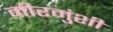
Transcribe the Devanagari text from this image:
मीरमुंशी